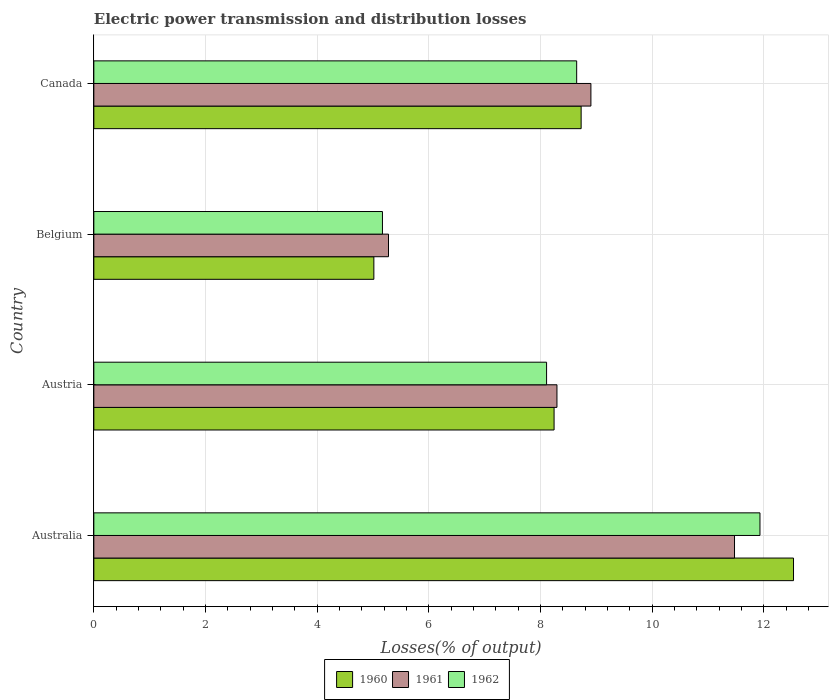
| Country | 1960 | 1961 | 1962 |
 | --- | --- | --- | --- |
 | Australia | 12.5 | 11.5 | 11.9 |
 | Austria | 8.24 | 8.3 | 8.11 |
 | Belgium | 5.02 | 5.28 | 5.17 |
 | Canada | 8.73 | 8.9 | 8.65 |